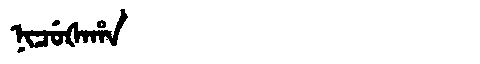
Manchu: ᠨᡳᠴᡠᡧᠠᡥᠠ
Romanization: NICUŠAHA